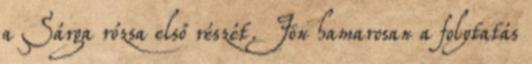
a Sárga rózsa első részét. Jön hamarosan a folytatás